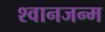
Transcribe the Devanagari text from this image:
श्वानजन्म